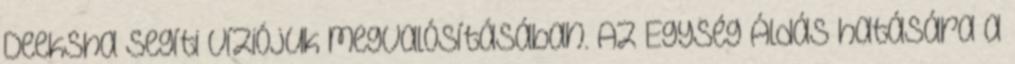
Deeksha segíti víziójuk megvalósításában. Az Egység Áldás hatására a